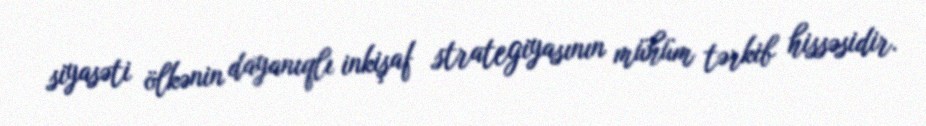
siyasəti ölkənin dayanıqlı inkişaf strategiyasının mühüm tərkib hissəsidir.